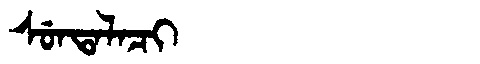
Manchu: ᠰᡠᠨᡨᠠᠯᠠᠴᡳ
Romanization: SUNTALACI